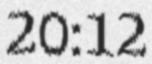
20:12